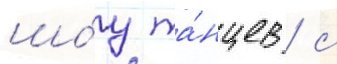
шо́у та́нцев / с